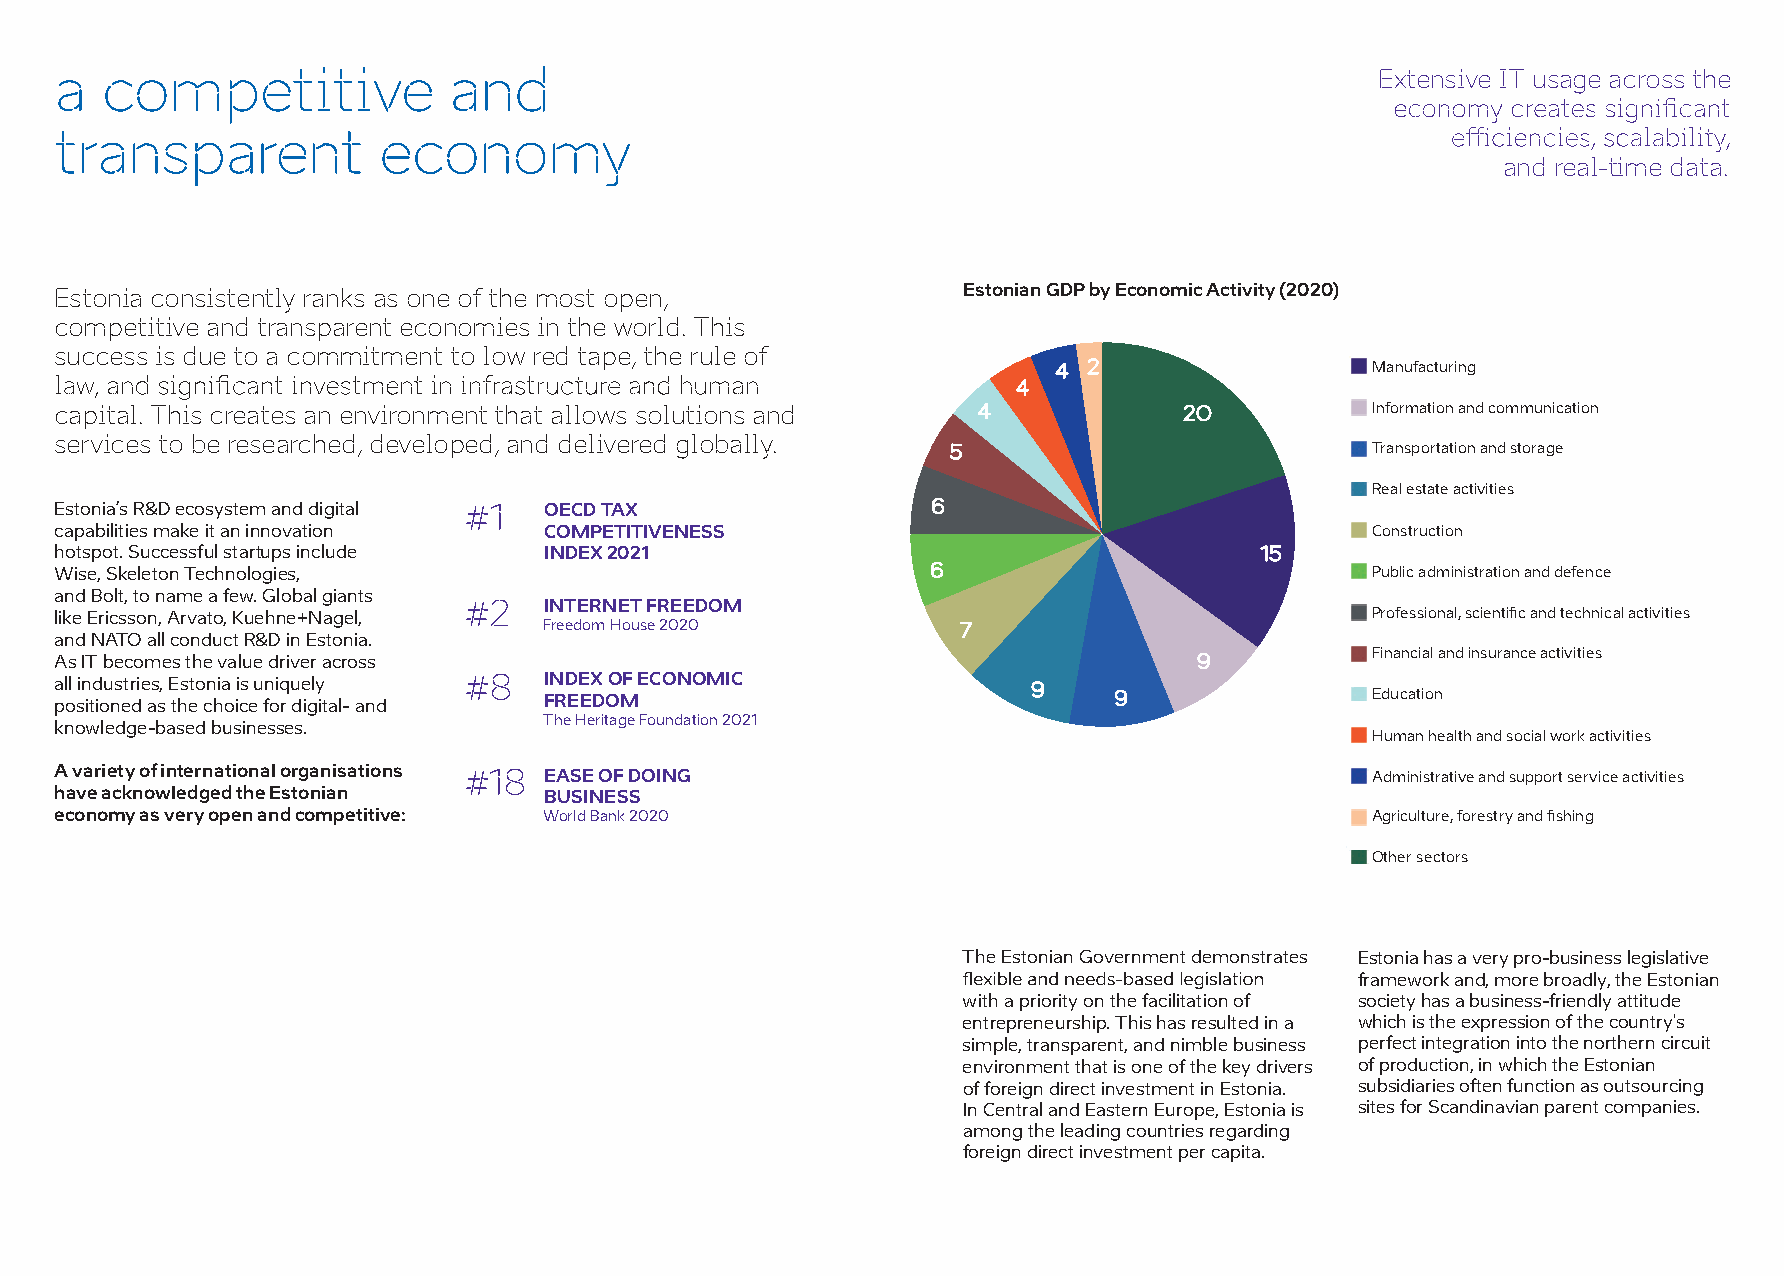
a  competitive            and                                                          Extensive IT usage across the
 transparent          economy
 and real-time data.
 Estonia consistently ranks as one of the most open,         Estonian GDPbyEconomic Activity (2020)
 competitive and transparent economies in the world. This
 success is due to a commitment to low red tape, the rule of
 Manufacturing
 capital. This creates an environment that allows solutions and            20           Information and communication
 services to be researched, developed, and delivered globally.
 Transportation and storage
 Real estate activities
 Estonia’sR&Decosystem and digital #1 OECD TAX
 capabilitiesmakeit an innovation COMPETITIVENESS                                       Construction
 hotspot. Successful startupsinclude INDEX 2021
 Wise, Skeleton Technologies,                                                           Public administration and defence
 and Bolt, toname a few.Global giants
 #2   INTERNET FREEDOM
 like Ericsson,Arvato,Kuehne+Nagel,                                                     Professional, scientific and technical activities
 Freedom House 2020
 and NATOallconduct R&D inEstonia.
 Financial and insurance activities
 AsIT becomesthevalue driver across
 all industries, Estoniais uniquely #8 INDEX OF ECONOMIC
 positioned as the choicefordigital- and FREEDOM                                        Education
 knowledge-based businesses.     The Heritage Foundation 2021
 Human health and social work activities
 A variety of international organisations #18 EASE OF DOING                             Administrative and support service activities
 have acknowledged the Estonian  BUSINESS
 economyasveryopenandcompetitive: World Bank 2020                                       Agriculture, forestry and fishing
 Other sectors
 TheEstonian Governmentdemonstrates Estonia has a very pro-business legislative
 framework and, more broadly, the Estonian
 withapriority on the facilitation of society has a business-friendly attitude
 entrepreneurship.This hasresultedina which is the expression of the country's
 simple,transparent, andnimble business perfect integration into the northern circuit
 environment that isoneof thekey drivers of production, in which the Estonian
 of foreign direct investment inEstonia. subsidiaries often function as outsourcing
 In CentralandEastern Europe,Estonia is sites for Scandinavian parent companies.
 amongthe leadingcountries regarding
 foreign direct investmentper capita.
 Caspian sea